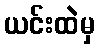
ယင်းထဲမှ